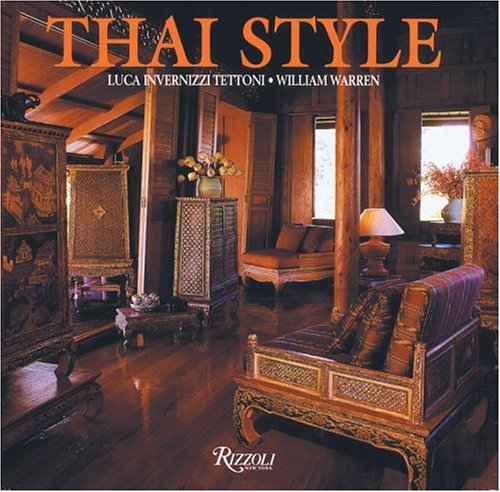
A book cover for Thai Style; William Warren; Travel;